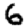
Digit: 6